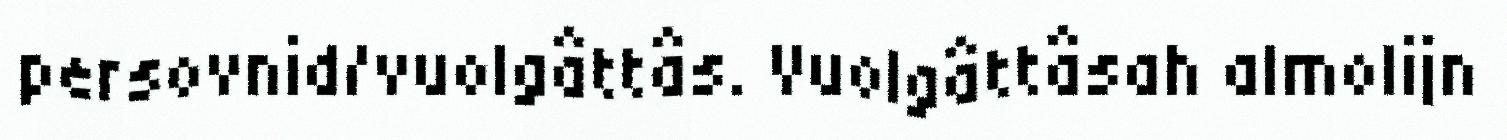
persovnid/vuolgâttâs. Vuolgâttâsah almolijn